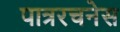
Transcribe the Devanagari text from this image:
पात्ररचनेस